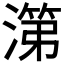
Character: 𰜷